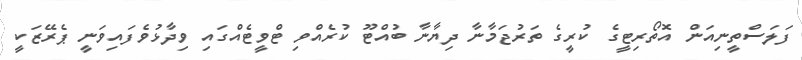
ފަލަސްތީނިއަން އޮތޯރިޓީގެ ކުރީގެ ތަރުޖަމާނާ ދިޔާނާ ބުއްޓޫ ކުރެއްވި ޓްވީޓެއްގައި ވިދާޅުވެފައިވަނީ ޕެރޭޒަކީ